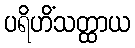
ပရိဟိံသတ္ထာယ